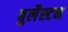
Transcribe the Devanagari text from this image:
बुलैस्टन